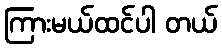
ကြားမယ်ထင်ပါ တယ်